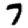
Digit: 7